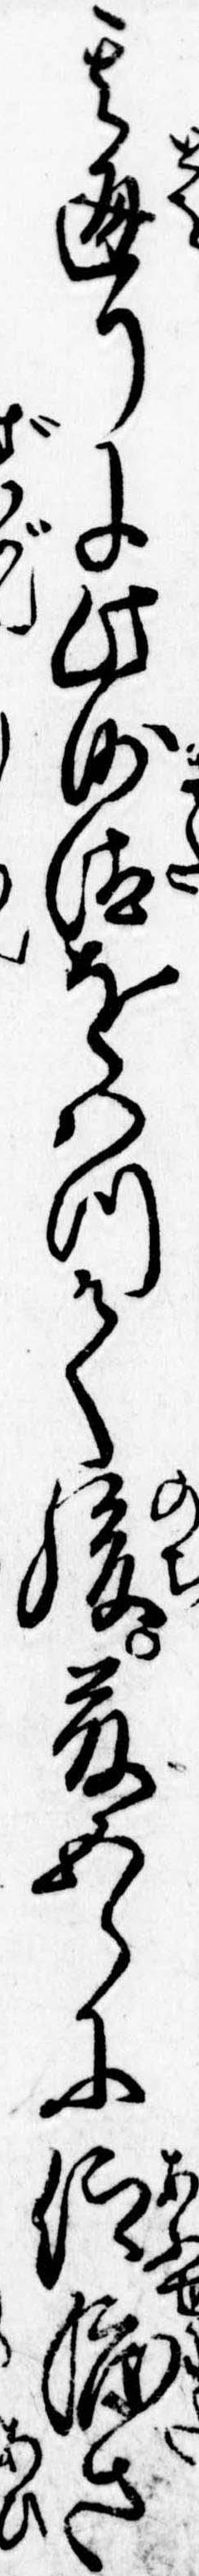
其通りに此沙汰をはつて後藤五郎に仰渡さ